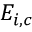
E _ { i , c }